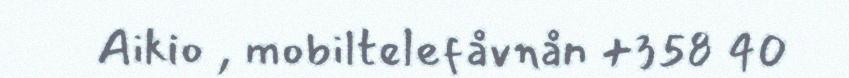
Aikio , mobiltelefåvnån +358 40